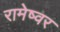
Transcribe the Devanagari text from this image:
रामेष्वर